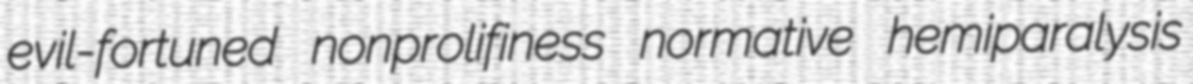
evil-fortuned nonprolifiness normative hemiparalysis